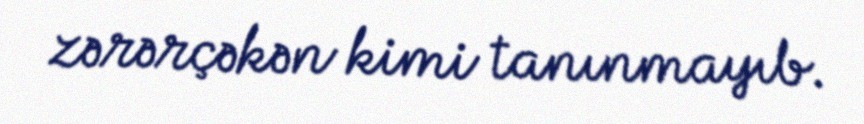
zərərçəkən kimi tanınmayıb.